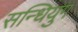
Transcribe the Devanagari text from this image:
सन्धियुग